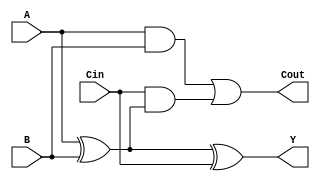
// 1
//  ABCin
//  YABCout
module add1bit(A, B, Cin, Y, Cout);
  input A, B, Cin;
  output Y, Cout;
  wire Y, Cout;
  assign Y = A ^ B ^ Cin;
  assign Cout = A & B | Cin & (A ^ B);

endmodule